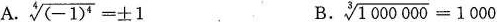
A $$\ s q r t [ 4 ] { ( - 1 ) ^ { 4 } } = \ p m 1$$ B. $$\ s q r t [ 3 ] { 1 0 0 0 0 0 0 } = 1 0 0 0$$